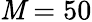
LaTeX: \mathit{M}=50